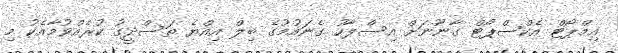
އިމްޕޯޓް އެކްސްޕޯޓް ގާނޫނަށް އިސްލާހު ގެނައުމުގެ ބިލް އިއްޔެ ތަސްދީގު ކުރެއްވުމާއެކު މި